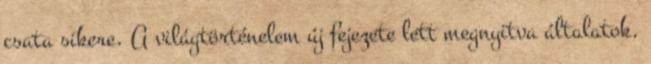
csata sikere. A világtörténelem új fejezete lett megnyitva általatok.